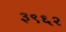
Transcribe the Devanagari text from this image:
३९६२